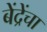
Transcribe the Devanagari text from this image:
बेंद्रेंचा